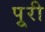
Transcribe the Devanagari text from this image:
पुूरी